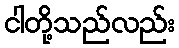
ငါတို့သည်လည်း